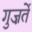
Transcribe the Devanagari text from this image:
गुज़र्ते